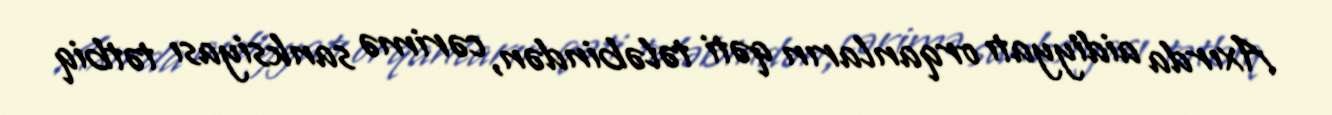
Axırda aidiyyatı orqanların qəti tələbindən, cərimə sanksiyası tətbiq